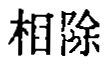
相除